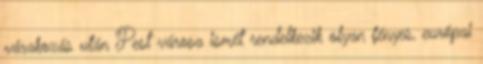
várakozás után Pest városa ismét rendelkezik olyan fényes, európai